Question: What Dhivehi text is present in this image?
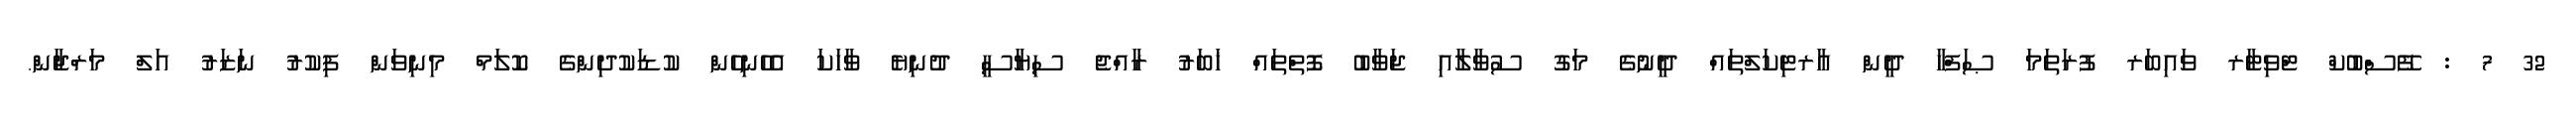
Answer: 32 7 : ފޭސްބުކް ޓްވިޓާރ ވައިބަރ ފުރަތަމަ ޞަފްހާ ދީން އާރޓިކަލްތައް ދީނުގެ މަގު ސުވާލާއި ޖަވާބު ފޮތްތައް ޚަބަރު ރާއްޖެ ސިޔާސީ ދުނިޔެ ވާހަކަ އެހެނިހެން ކުޑަކުދިންގެ ކޮލަމް މިނިވަން ފިކުރު ނަޒަރު އަލް މަރްޖާން.